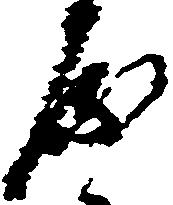
房